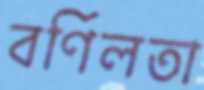
বর্ণিলতা